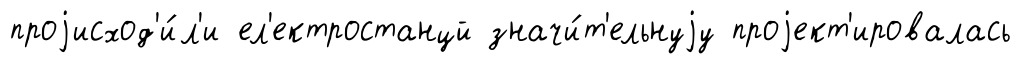
проjисход'и́л'и ел'ектростанцй значи́т'ельнуjу проjект'ировалась